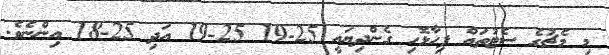
މި މެޗުގެ ސެޓުތައް ފިހާޅޮހި ގެންދިޔައީ 25-19 25-19 އަދި 25-18 އިންނެވެ.